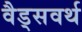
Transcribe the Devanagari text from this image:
वैड्सवर्थ